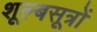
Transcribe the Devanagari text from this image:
शूल्बसूत्रों